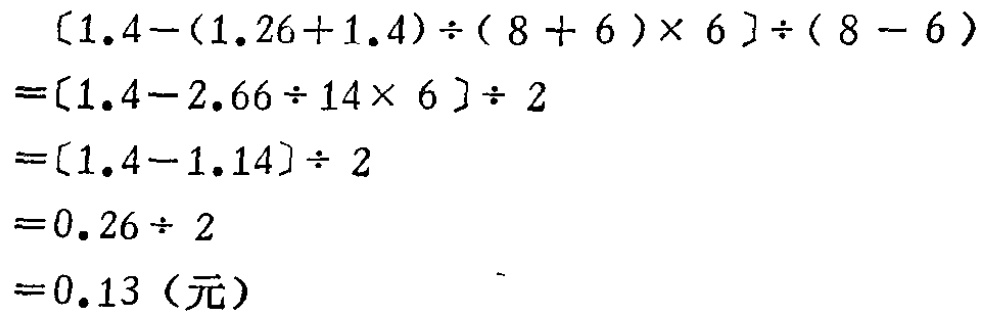
\[
\begin{align*}
&[1.4 - (1.26 + 1.4) \div (8 + 6) \times 6] \div (8 - 6)\\
=&[1.4 - 2.66 \div 14 \times 6] \div 2\\
=&[1.4 - 1.14] \div 2\\
=&0.26 \div 2\\
=&0.13 \text{（元）}
\end{align*}
\]